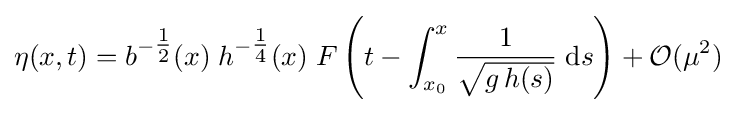
\eta (x,t)=b^{-{\tfrac {1}{2}}}(x)\;h^{-{\tfrac {1}{4}}}(x)\;F\left(t-\int _{x_{0}}^{x}{\frac {1}{\sqrt {g\,h(s)}}}\;\mathrm {d} s\right)+{\mathcal {O}}(\mu ^{2})